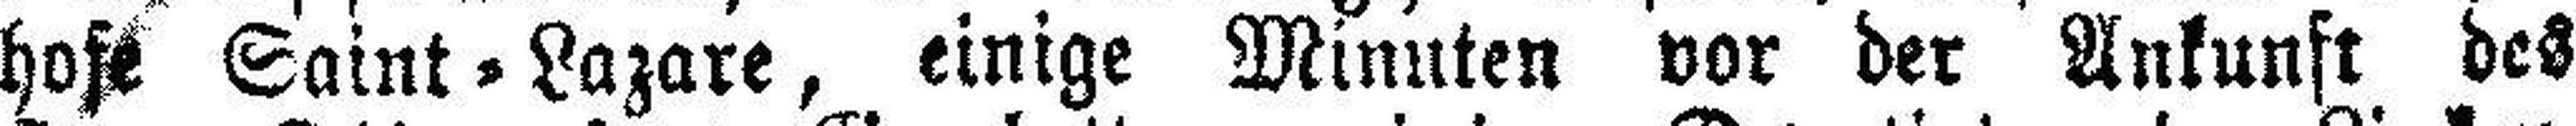
hofe Saint = Lazare, einige Minuten vor der Ankunft des